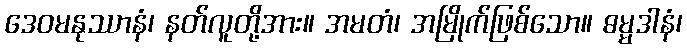
ဒေဝမနုဿာနံ၊ နတ်လူတို့အား။ အမတံ၊ အမြိုက်ဖြစ်သော။ ဓမ္မဒါနံ၊